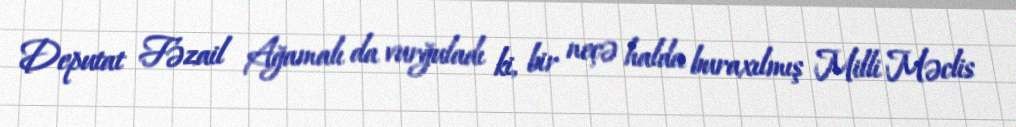
Deputat Fəzail Ağamalı da vurğuladı ki, bir neçə halda buraxılmış Milli Məclis